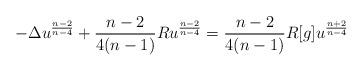
LaTeX: \begin{align*}-\Delta u^\frac {n-2}{n-4} + \frac {n-2}{4(n-1)} Ru^\frac {n-2}{n-4} = \frac {n-2}{4(n-1)}R[g]u^\frac {n+2}{n-4} \end{align*}